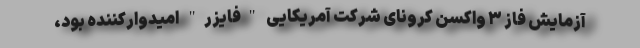
آزمایش فاز ۳ واکسن کرونای شرکت آمریکایی "فایزر" امیدوارکننده بود،